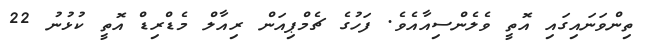
ތިންވަނައިގައި އޮތީ ވެލެންސިއާއެވެ. ފަހުގެ ޗެމްޕިއަން ރިއާލް މެޑްރިޑް އޮތީ ކުޅުނު 22